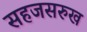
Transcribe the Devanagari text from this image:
सहजसरुख